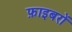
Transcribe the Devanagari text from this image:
फ़ाइबरों